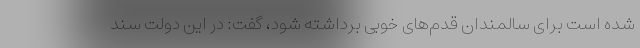
شده است برای سالمندان قدم‌های خوبی برداشته شود، گفت: در این دولت سند